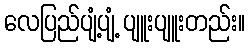
လေပြည်ပျံ့ပျံ့ ပျူးပျူးတည်း။